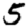
Digit: 5